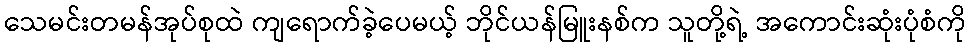
သေမင်းတမန်အုပ်စုထဲ ကျရောက်ခဲ့ပေမယ့် ဘိုင်ယန်မြူးနစ်က သူတို့ရဲ့ အကောင်းဆုံးပုံစံကို